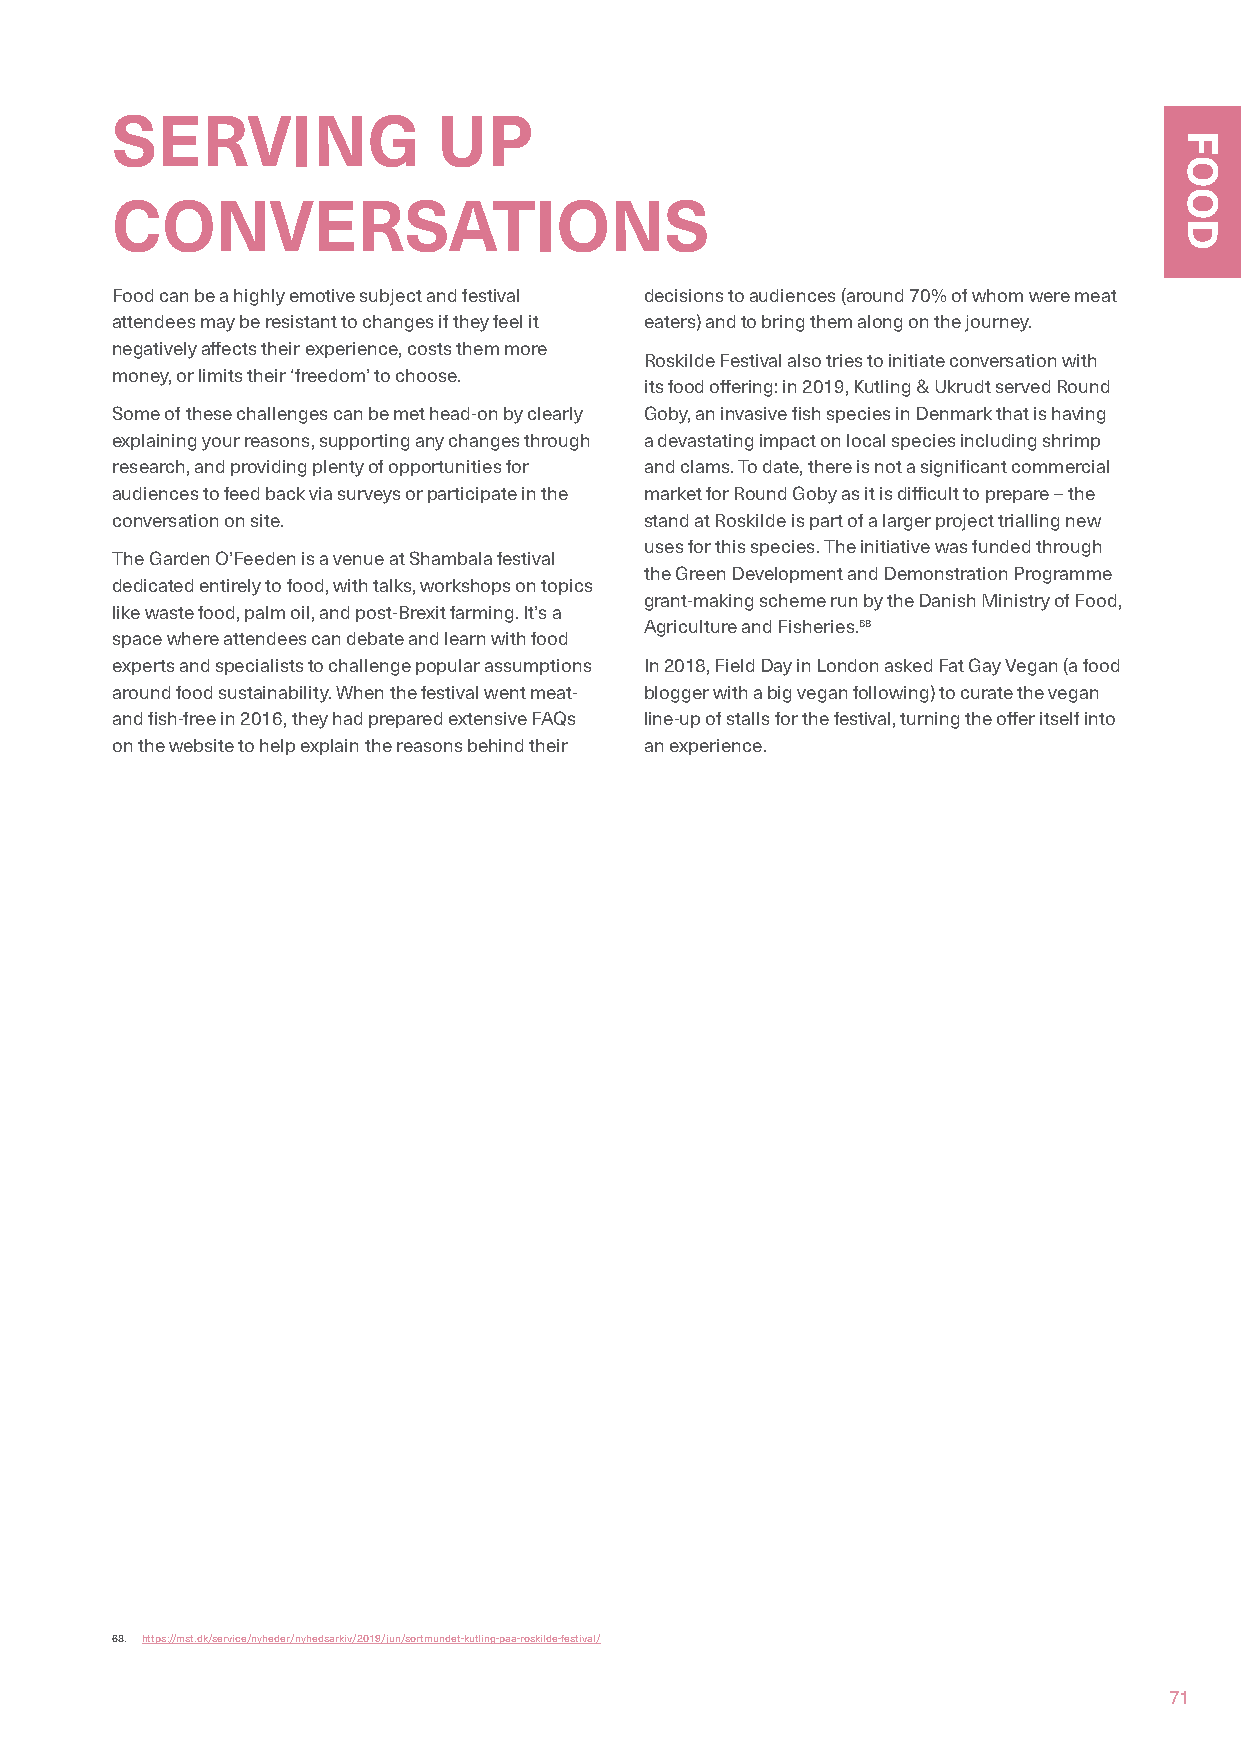
SERVING               UP
 CONVERSATIONS
 Food can be a highly emotive subject and festival decisions to audiences (around 70% of whom were meat
 attendees may be resistant to changes if they feel it eaters) and to bring them along on the journey.
 negatively affects their experience, costs them more
 Roskilde Festival also tries to initiate conversation with
 money, or limits their ‘freedom’ to choose.
 its food offering: in 2019, Kutling & Ukrudt served Round
 Some of these challenges can be met head-on by clearly Goby, an invasive fish species in Denmark that is having
 explaining your reasons, supporting any changes through a devastating impact on local species including shrimp
 research, and providing plenty of opportunities for and clams. To date, there is not a significant commercial
 audiences to feed back via surveys or participate in the market for Round Goby as it is difficult to prepare – the
 conversation on site.               stand at Roskilde is part of a larger project trialling new
 uses for this species. The initiative was funded through
 The Garden O’Feeden is a venue at Shambala festival
 the Green Development and Demonstration Programme
 dedicated entirely to food, with talks, workshops on topics
 grant-making scheme run by the Danish Ministry of Food,
 like waste food, palm oil, and post-Brexit farming. It’s a
 Agriculture and Fisheries.68
 space where attendees can debate and learn with food
 experts and specialists to challenge popular assumptions In 2018, Field Day in London asked Fat Gay Vegan (a food
 around food sustainability. When the festival went meat- blogger with a big vegan following) to curate the vegan
 and fish-free in 2016, they had prepared extensive FAQs line-up of stalls for the festival, turning the offer itself into
 on the website to help explain the reasons behind their an experience.
 68. https://mst.dk/service/nyheder/nyhedsarkiv/2019/jun/sortmundet-kutling-paa-roskilde-festival/
 71
 FOOD